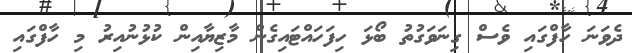
ދެވަނަ ހާފްގައި ވެސް ގިނަވަގުތު ބޯޅަ ހިފަހައްޓައިގެން މާޒިޔާއިން ކުޅުނުއިރު މި ހާފްގައި